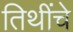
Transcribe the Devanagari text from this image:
तिथींचे